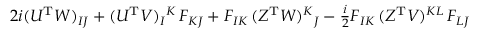
2 i ( U ^ { \mathrm { T } } W ) _ { I J } + ( U ^ { \mathrm { T } } V ) _ { I } { } ^ { K } \, F _ { K J } + F _ { I K } \, ( Z ^ { \mathrm { T } } W ) ^ { K } { } _ { J } - \textstyle { \frac { i } { 2 } } F _ { I K } \, ( Z ^ { \mathrm { T } } V ) ^ { K L } \, F _ { L J }